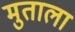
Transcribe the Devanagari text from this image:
मुताला